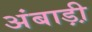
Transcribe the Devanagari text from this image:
अंबाड़ी़